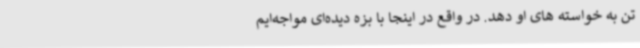
تن به خواسته های او دهد. در واقع در اینجا با بزه دیده‌ای مواجه‌ایم